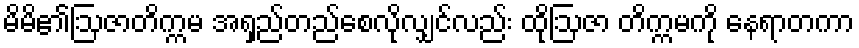
မိမိ၏ဩဇာတိက္ကမ အရှည်တည်စေလိုလျှင်လည်း ထိုဩဇာ တိက္ကမကို နေရာတကာ